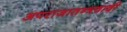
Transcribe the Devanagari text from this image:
अपराजातन्त्रवादी